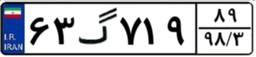
۶۳گ۷۱۹۸۹